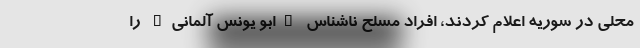
محلی در سوریه اعلام کردند، افراد مسلح ناشناس "ابو یونس آلمانی" را